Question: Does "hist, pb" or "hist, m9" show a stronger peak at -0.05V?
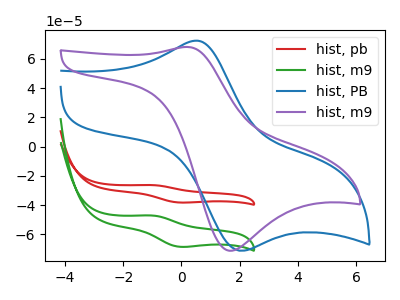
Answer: <think>The red curve "hist, pb" has an anodic peak at (-1.00V, -26.30uA) and a cathodic peak at (-0.05V, -38.25uA). The green curve "hist, m9" has an anodic peak at (-1.00V, -47.10uA) and a cathodic peak at (-0.05V, -68.50uA). The blue curve "hist, PB" has an anodic peak at (0.50V, 72.40uA) and a cathodic peak at (2.05V, -71.20uA). The purple curve "hist, m9" has an anodic peak at (0.25V, 68.10uA) and a cathodic peak at (1.65V, -71.20uA).</think>
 <answer>The peak at -0.05V is lower in "hist, pb" than in "hist, m9".</answer>
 <eval>lower</eval>